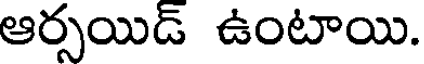
ఆర్సయిడ్ ఉంటాయి.